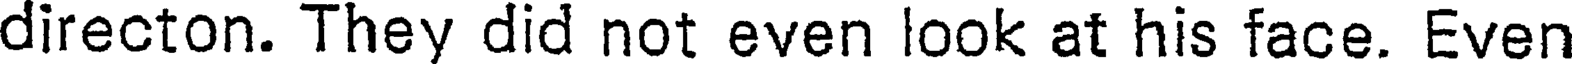
directon. They did not even look at his face. Even